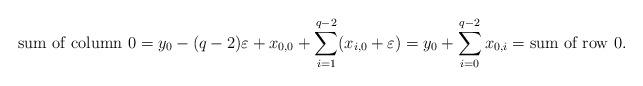
LaTeX: \begin{align*}\mbox{sum of column~0} &= y_0-(q-2)\varepsilon+x_{0,0}+\sum_{i=1}^{q-2}(x_{i,0}+\varepsilon) =y_0+\sum_{i=0}^{q-2}x_{0,i} =\mbox{sum of row~0}.\end{align*}